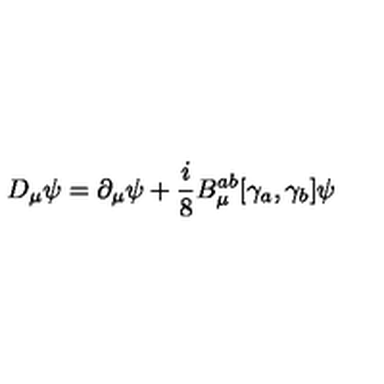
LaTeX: D _ { \mu } \psi = \partial _ { \mu } \psi + \frac { i } { 8 } B _ { \mu } ^ { a b } [ \gamma _ { a } , \gamma _ { b } ] \psi